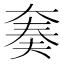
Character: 𫯪